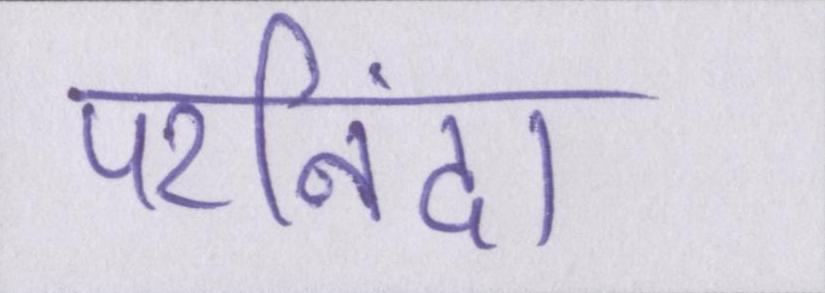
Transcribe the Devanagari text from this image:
परनिंदा